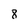
Character: 8